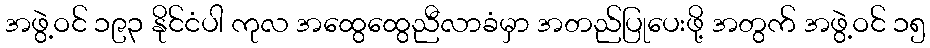
အဖွဲ့ဝင် ၁၉၃ နိုင်ငံပါ ကုလ အထွေထွေညီလာခံမှာ အတည်ပြုပေးဖို့ အတွက် အဖွဲ့ဝင် ၁၅